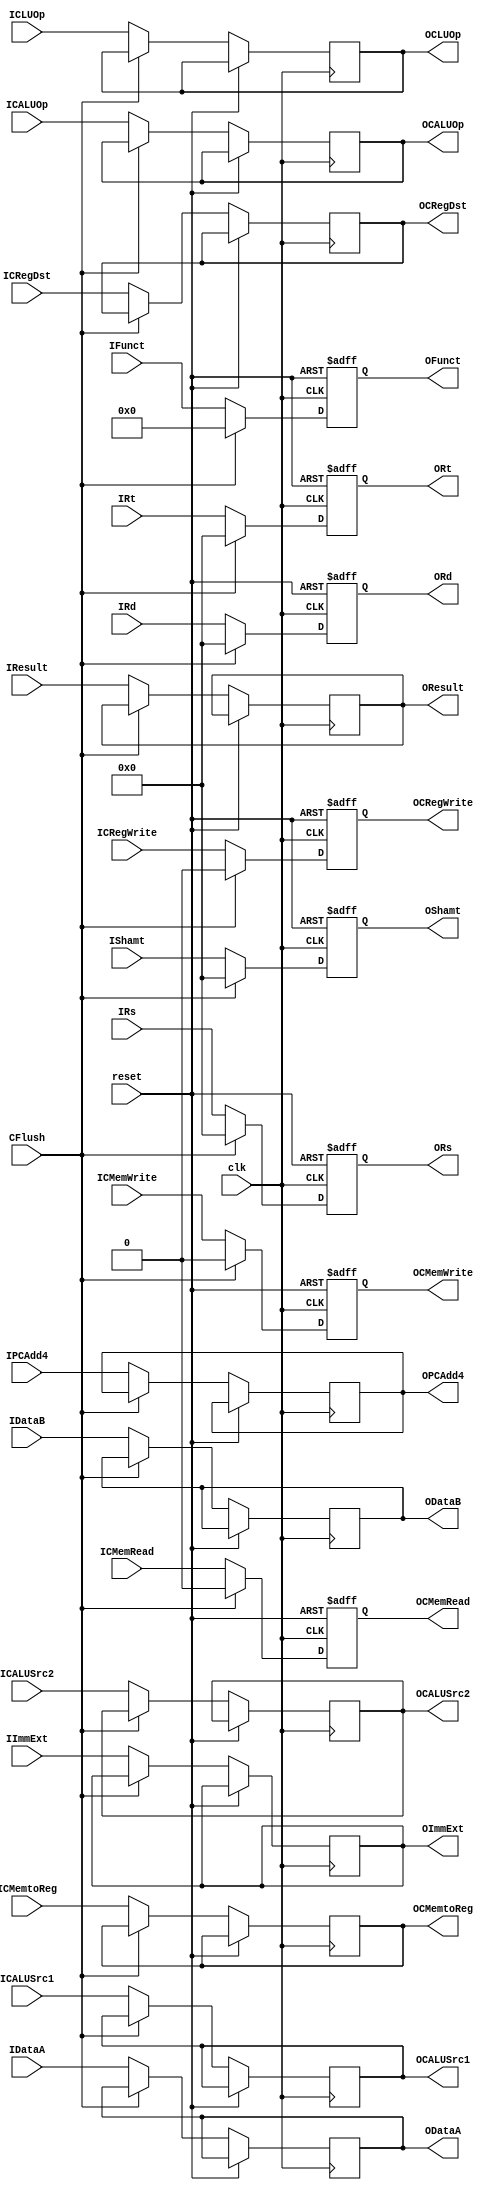
module RegIDEX (clk,
                reset,
                IDataA,
                IDataB,
                IImmExt,
                IRs,
                IRt,
                IRd,
                IShamt,
                IFunct,
                IPCAdd4,
                ICRegWrite,
                ICMemtoReg,
                ICMemRead,
                ICMemWrite,
                ICRegDst,
                ICALUOp,
                ICALUSrc1,
                ICALUSrc2,
                ICLUOp,
                IResult,
                CFlush,
                ODataA,
                ODataB,
                OImmExt,
                ORs,
                ORt,
                ORd,
                OShamt,
                OFunct,
                OPCAdd4,
                OCRegWrite,
                OCMemtoReg,
                OCMemRead,
                OCMemWrite,
                OCRegDst,
                OCALUOp,
                OCALUSrc1,
                OCALUSrc2,
                OCLUOp,
                OResult);
    // I: input; IC: input control; C: control; O: output; OC: output control;
    input clk, reset;
    input [31:0] IDataA, IDataB, IImmExt, IPCAdd4, IResult;
    input [4:0] IRs, IRt, IRd, IShamt;
    input [5:0] IFunct;
    // input [4:0] ICRegDst;
    input [3:0] ICALUOp;
    input [1:0] ICMemtoReg, ICRegDst;
    input ICRegWrite, ICMemRead, ICMemWrite, ICALUSrc1, ICALUSrc2, ICLUOp;
    input CFlush;
    output reg [31:0] ODataA, ODataB, OImmExt, OPCAdd4, OResult;
    output reg [4:0] ORs, ORt, ORd, OShamt;
    output reg [5:0] OFunct;
    // output reg [4:0] OCRegDst;
    output reg [3:0] OCALUOp;
    output reg [1:0] OCMemtoReg, OCRegDst;
    output reg OCRegWrite, OCMemRead, OCMemWrite, OCALUSrc1, OCALUSrc2, OCLUOp;
    always @(posedge clk or posedge reset) begin
        if (reset) begin
            ORs        <= 0;
            ORt        <= 0;
            ORd        <= 0;
            OShamt     <= 0;
            OFunct     <= 0;
            OCRegWrite <= 0;
            OCMemRead  <= 0;
            OCMemWrite <= 0;
            end else if (CFlush) begin
            ORs        <= 0;
            ORt        <= 0;
            ORd        <= 0;
            OShamt     <= 0;
            OFunct     <= 0;
            OCRegWrite <= 0;
            OCMemRead  <= 0;
            OCMemWrite <= 0;
            end else begin
            ODataA     <= IDataA;
            ODataB     <= IDataB;
            OImmExt    <= IImmExt;
            ORs        <= IRs;
            ORt        <= IRt;
            ORd        <= IRd;
            OShamt     <= IShamt;
            OFunct     <= IFunct;
            OPCAdd4    <= IPCAdd4;
            OResult    <= IResult;
            OCRegWrite <= ICRegWrite;
            OCMemtoReg <= ICMemtoReg;
            OCMemRead  <= ICMemRead;
            OCMemWrite <= ICMemWrite;
            OCRegDst   <= ICRegDst;
            OCALUOp    <= ICALUOp;
            OCALUSrc1  <= ICALUSrc1;
            OCALUSrc2  <= ICALUSrc2;
            OCLUOp     <= ICLUOp;
        end
    end
    
endmodule